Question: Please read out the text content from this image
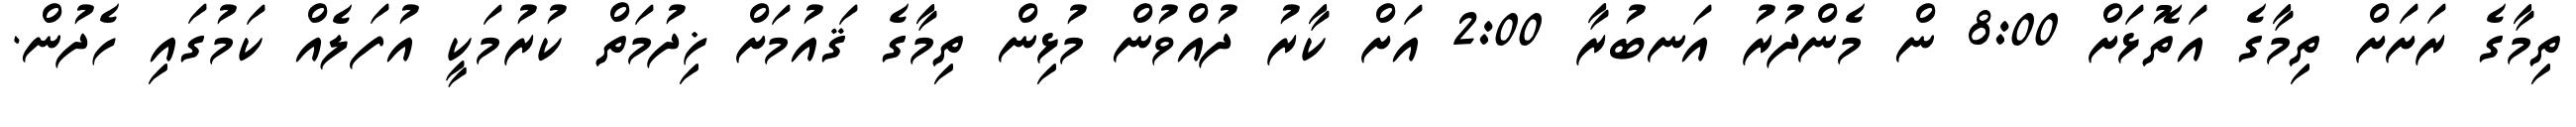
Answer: ތިމާގެ ރަށަށް ތިމާގެ އަތޮޅަށް 8:00 ން މެންދުރު އަނބުރާ 2:00 އަށް ކާރު ދުއްވުން މުޅިން ތިމާގެ ޤައުމަށް ޚިދުމަތް ކުރުމަކީ އުފަލެއް ކަމުގައި ހެދުން.